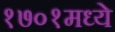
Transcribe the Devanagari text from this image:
१७०१मध्ये